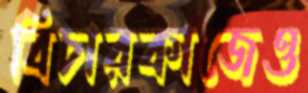
বিচারকাজেও